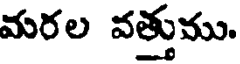
మరల వత్తుము.